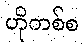
ဟိုတစ်စ